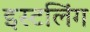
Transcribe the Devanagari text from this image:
इस्टलिंग